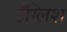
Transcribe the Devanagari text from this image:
टँग्लिश